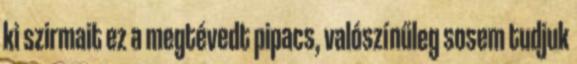
ki szirmait ez a megtévedt pipacs, valószínűleg sosem tudjuk